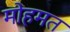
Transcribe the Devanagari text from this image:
मोहमत